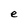
Character: e